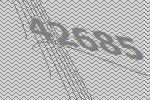
42685